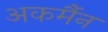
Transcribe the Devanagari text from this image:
अकर्मैन